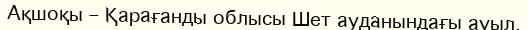
Ақшоқы – Қарағанды облысы Шет ауданындағы ауыл.